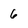
Character: 6